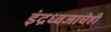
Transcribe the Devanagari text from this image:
इंद्रध्वजाचेही